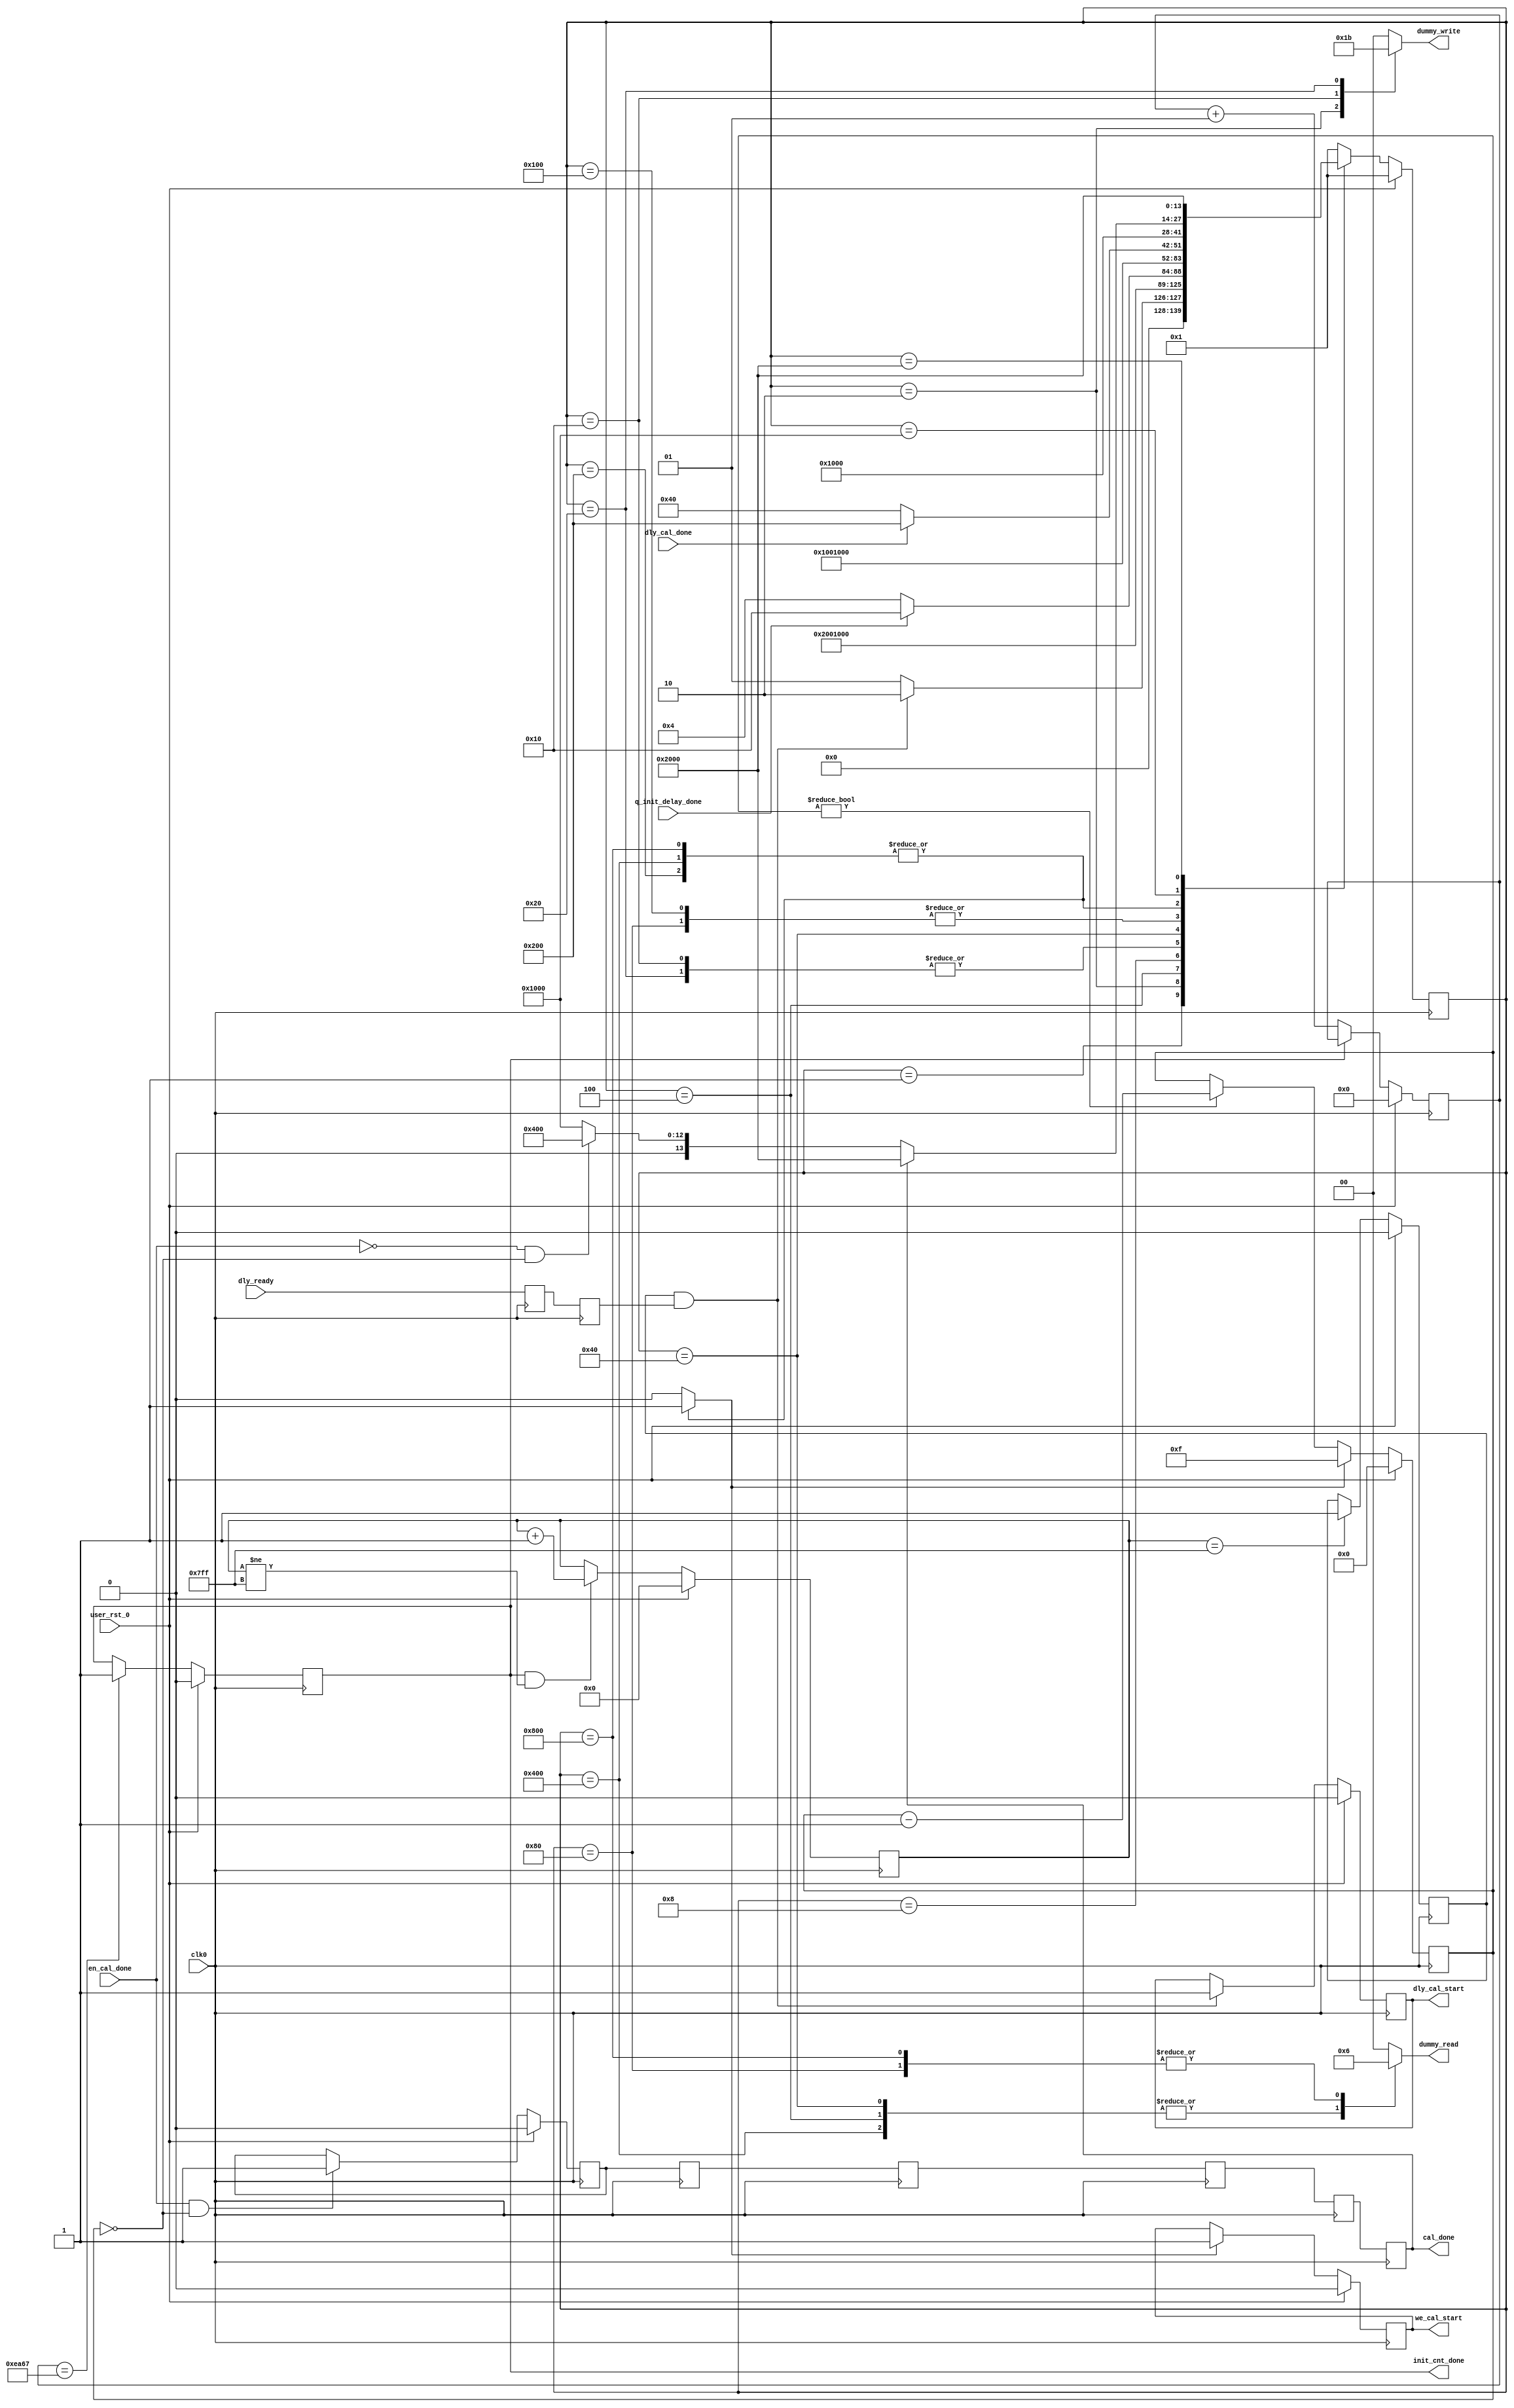
//*****************************************************************************
// DISCLAIMER OF LIABILITY
//
// This file contains proprietary and confidential information of
// Xilinx, Inc. ("Xilinx"), that is distributed under a license
// from Xilinx, and may be used, copied and/or disclosed only
// pursuant to the terms of a valid license agreement with Xilinx.
//
// XILINX IS PROVIDING THIS DESIGN, CODE, OR INFORMATION
// ("MATERIALS") "AS IS" WITHOUT WARRANTY OF ANY KIND, EITHER
// EXPRESSED, IMPLIED, OR STATUTORY, INCLUDING WITHOUT
// LIMITATION, ANY WARRANTY WITH RESPECT TO NONINFRINGEMENT,
// MERCHANTABILITY OR FITNESS FOR ANY PARTICULAR PURPOSE. Xilinx
// does not warrant that functions included in the Materials will
// meet the requirements of Licensee, or that the operation of the
// Materials will be uninterrupted or error-free, or that defects
// in the Materials will be corrected. Furthermore, Xilinx does
// not warrant or make any representations regarding use, or the
// results of the use, of the Materials in terms of correctness,
// accuracy, reliability or otherwise.
//
// Xilinx products are not designed or intended to be fail-safe,
// or for use in any application requiring fail-safe performance,
// such as life-support or safety devices or systems, Class III
// medical devices, nuclear facilities, applications related to
// the deployment of airbags, or any other applications that could
// lead to death, personal injury or severe property or
// environmental damage (individually and collectively, "critical
// applications"). Customer assumes the sole risk and liability
// of any use of Xilinx products in critical applications,
// subject only to applicable laws and regulations governing
// limitations on product liability.
//
// Copyright 2006, 2007, 2008 Xilinx, Inc.
// All rights reserved.
//
// This disclaimer and copyright notice must be retained as part
// of this file at all times.
//*****************************************************************************
//   ____  ____
//  /   /\/   /
// /___/  \  /    Vendor             : Xilinx
// \   \   \/     Version            : 3.6.1
//  \   \         Application        : MIG
//  /   /         Filename           : qdrii_phy_init_sm.v
// /___/   /\     Timestamp          : 15 May 2006
// \   \  /  \    Date Last Modified : $Date: 2010/11/26 18:26:07 $
//  \___\/\___\
//
//Device: Virtex-5
//Design: QDRII
//
//Purpose:
//    This module
//  1. Is the initialization statemachine generating the dummy write and
//     dummy read commands for delay calibration before regular memory
//     transactions begin.
//
//Revision History:
//
//*****************************************************************************


`timescale 1ns/1ps

module qdrii_phy_init_sm #
  (
   // Following parameters are for 72-bit design (for ML561 Reference board
   // design). Actual values may be different. Actual parameters values are
   // passed from design top module controller module. Please refer to the
   // controller module for actual values.
   parameter BURST_LENGTH = 4,
   parameter CLK_PERIOD   = 3333,
   parameter SIM_ONLY     = 0
   )
  (
   input            clk0,
   input            user_rst_0,
   input            dly_cal_done,
   input            q_init_delay_done,
   input            en_cal_done,
   input            dly_ready,
   output reg       dly_cal_start,
   output reg       we_cal_start,
   output reg [1:0] dummy_write,
   output reg [1:0] dummy_read,
   output reg       cal_done,
   output reg       init_cnt_done
   );

   localparam [13:0] //14 states - one-hot encoded
       CQ_WAIT          =  14'b00_0000_0000_0001,
       CAL_WR1          =  14'b00_0000_0000_0010,
       CAL_CQ_RD1       =  14'b00_0000_0000_0100,
       CAL_CQ_RD_WAIT1  =  14'b00_0000_0000_1000,
       CAL_WR2_A        =  14'b00_0000_0001_0000,
       CAL_WR2_B        =  14'b00_0000_0010_0000,
       CAL_CQ_RD2_A     =  14'b00_0000_0100_0000,
       CAL_CQ_RD2_B     =  14'b00_0000_1000_0000,
       CAL_CQ_RD_WAIT2  =  14'b00_0001_0000_0000,
       CAL_EN_RD_START  =  14'b00_0010_0000_0000,
       CAL_EN_RD_A      =  14'b00_0100_0000_0000,
       CAL_EN_RD_B      =  14'b00_1000_0000_0000,
       CAL_EN_RD_WAIT   =  14'b01_0000_0000_0000,
       CAL_DONE_ST      =  14'b10_0000_0000_0000;

   // Localparam value declaration which equivalent to the number of clocks
   // required for 200 us wait period. The value is incremented by 1, just to
   // round of the value to the next integer
   localparam WAIT_CNT = (200000000/CLK_PERIOD)+1;

   reg [3:0]  dummy_rd_cnt;
   reg        dummy_cnt_en;
   reg [13:0] phy_init_ns;
   reg [13:0] phy_init_cs;
   reg [10:0] cq_cnt;
   reg        cq_active;
   reg        cal_done_r;
   reg        cal_done_2r;
   reg        cal_done_3r;
   reg        cal_done_4r;
   reg        cal_done_5r;
   reg        dly_ready_r;
   reg        dly_ready_2r;
//   reg [7:0]  init_count;
   reg        q_init_delay_done_i;

   integer init_max_count;

   always @(posedge clk0)
     begin
       if(user_rst_0)
         q_init_delay_done_i <= 'b0;
       else
         q_init_delay_done_i <= q_init_delay_done;
     end

//   always @ (posedge clk0)
//     begin
//        if (user_rst_0)
//          init_count <= 8'b0;
//        else if (init_count == 8'hC8)
//          init_count <= 8'b0;
//        else if(init_cnt_done == 1'b0)
//          init_count <= init_count + 1;
//        else
//          init_count <= init_count;
//     end

   //init_max_count generates a 200 us counter based on init_count
   // an init_max_count of 8'hC8 refers to a 200 us count

   always @ (posedge clk0)
     begin
        if (user_rst_0)
          if (SIM_ONLY == 1)
//            init_max_count <= CLK_FREQ;
            init_max_count <= WAIT_CNT;
          else
            init_max_count <= 0;
//        else if ((init_count == 8'hC8) && (init_cnt_done == 1'b0))
        else if (init_cnt_done == 1'b0)
          init_max_count <= init_max_count + 1;
        else
          init_max_count <= init_max_count;
     end

   always @ (posedge clk0)
     begin
        if (user_rst_0)
          init_cnt_done <= 1'b0;
//        else if (init_max_count == CLK_FREQ)
        else if (init_max_count == WAIT_CNT)
          init_cnt_done <= 1'b1;
        else
          init_cnt_done <= init_cnt_done;
     end

   always @(posedge clk0)
     begin
        if (user_rst_0) begin
           we_cal_start <= 1'b0;
        end else if (dummy_cnt_en) begin
           we_cal_start <= 1'b1;
        end else
          we_cal_start <= we_cal_start;
     end


   always @(posedge clk0)
     begin
        if (user_rst_0)
          cq_cnt <= 10'b0;
        else if ((init_cnt_done) && (cq_cnt != 11'b11111111111))
          cq_cnt <= cq_cnt + 1;
        else
          cq_cnt <= cq_cnt;
     end

   always @(posedge clk0)
   //Make sure CQ clock is established (1024 clocks) before starting calibration
     begin
        if (user_rst_0)
          cq_active <= 1'b0;
        else if (cq_cnt == 11'b11111111111)
          cq_active <= 1'b1;
        else
          cq_active <= cq_active;
     end

//   always @ (posedge clk0)
//     begin
//        if (user_rst_0) begin
//           dly_ready_r  <= 1'b0;
//           dly_ready_2r <= 1'b0;
//        end else begin
//           dly_ready_r  <= dly_ready;
//           dly_ready_2r <= dly_ready_r;
//        end
//     end

   always @ (posedge clk0)
     begin
        dly_ready_r  <= dly_ready;
        dly_ready_2r <= dly_ready_r;
     end

   always @(posedge clk0)
     begin
        if (user_rst_0) begin
           dly_cal_start <= 1'b0;
        end else if (cq_active && dly_ready_2r ) begin
           dly_cal_start <= 1'b1;
        end
     end

   always @(posedge clk0)
     begin
        if (user_rst_0) begin
           dummy_rd_cnt <= 4'b0000;
        end else if (dummy_cnt_en) begin
           dummy_rd_cnt <= 4'b1111;
        end else if (dummy_rd_cnt != 4'b0000) begin
           dummy_rd_cnt <= dummy_rd_cnt - 1;
        end else begin
           dummy_rd_cnt <= dummy_rd_cnt;
        end
     end

   always @ (posedge clk0)
     begin
        if (user_rst_0)
          cal_done_r <= 1'b0;
        else if  (en_cal_done && dummy_rd_cnt == 4'b0000)
          cal_done_r <= 1'b1;
        else
          cal_done_r <= cal_done_r;
     end

//   always @ (posedge clk0)
//     begin
//        if (user_rst_0) begin
//           cal_done_2r <= 1'b0;
//           cal_done_3r <= 1'b0;
//           cal_done_4r <= 1'b0;
//           cal_done_5r <= 1'b0;
//           cal_done    <= 1'b0;
//        end else begin
//           cal_done_2r <= cal_done_r;
//           cal_done_3r <= cal_done_2r;
//           cal_done_4r <= cal_done_3r;
//           cal_done_5r <= cal_done_4r;
//           cal_done    <= cal_done_5r;
//        end
//     end

   always @ (posedge clk0)
     begin
        cal_done_2r <= cal_done_r;
        cal_done_3r <= cal_done_2r;
        cal_done_4r <= cal_done_3r;
        cal_done_5r <= cal_done_4r;
        cal_done    <= cal_done_5r;
     end

   // synthesis translate_off
   always @(posedge cal_done) begin
     if(!user_rst_0)
        $display("Calibration completed at time %t", $time );
   end
   // synthesis translate_on

   always @(posedge clk0)
     begin
        if (user_rst_0)
          phy_init_cs <= CQ_WAIT;
        else
          phy_init_cs <= phy_init_ns;
     end

   always @ *
     begin
        dummy_write[1:0]  = 2'b00;
        dummy_read        = 2'b00;
        dummy_cnt_en      = 1'b0;

        case (phy_init_cs)
          CQ_WAIT : begin
             dummy_write = 2'b00;
             dummy_read  = 2'b00;
             if (cq_active && dly_ready_2r)
               phy_init_ns = CAL_WR1;
             else
               phy_init_ns = CQ_WAIT;
          end

          // First Stage Calibration-Single Write command
          CAL_WR1  :  begin
             dummy_write = 2'b01;
             dummy_read  = 2'b00;
             phy_init_ns = CAL_CQ_RD1;
          end

          // First Stage Calibration- Continous Read commands until first stage
          // calibration is complete.
          // For BL4 read commands are issued on alternate clock.
          // For BL2 read commands are issued on every clock.
          CAL_CQ_RD1   : begin
             dummy_write = 2'b00;
             dummy_read  = 2'b01;
             if(BURST_LENGTH == 2)
               if(q_init_delay_done_i)
                 phy_init_ns = CAL_WR2_A;
               else
                 phy_init_ns = CAL_CQ_RD1;
             else if(BURST_LENGTH == 4)
               phy_init_ns = CAL_CQ_RD_WAIT1;
          end

          CAL_CQ_RD_WAIT1 : begin
             dummy_write = 2'b00;
             dummy_read  = 2'b00;
             if (q_init_delay_done)
               phy_init_ns = CAL_WR2_A;
             else
               phy_init_ns = CAL_CQ_RD1;
          end

          // Second Stage Calibration-Write command
          // For BL4 a single Write command is issued.
          // For BL2 two Write commands are issued.
          CAL_WR2_A  :  begin
             dummy_write = 2'b10;
             dummy_read  = 2'b00;
             if(BURST_LENGTH == 2)
               phy_init_ns = CAL_WR2_B;
             else if(BURST_LENGTH == 4)
               phy_init_ns = CAL_CQ_RD2_A;
          end

          CAL_WR2_B  :  begin
             dummy_write = 2'b11;
             dummy_read  = 2'b00;
             phy_init_ns = CAL_CQ_RD2_A;
          end

          // Second Stage Calibration-Continous Read Commands until Second stage
          // calibration is complete.
          // For BL4 read commands are issued on alternate clocks.
          // For BL2 read commands are issued on every clock.
          CAL_CQ_RD2_A   : begin
             dummy_write = 2'b00;
             dummy_read  = 2'b01;
             if(BURST_LENGTH == 2)
               phy_init_ns = CAL_CQ_RD2_B;
             else if(BURST_LENGTH == 4)
               phy_init_ns = CAL_CQ_RD_WAIT2;
          end

          CAL_CQ_RD2_B : begin
             dummy_write = 2'b00;
             dummy_read  = 2'b10;
             if(dly_cal_done)
               phy_init_ns = CAL_EN_RD_START;
             else
               phy_init_ns = CAL_CQ_RD2_A;
          end

          CAL_CQ_RD_WAIT2 : begin
             dummy_write = 2'b00;
             dummy_read  = 2'b00;
             if (dly_cal_done)
               phy_init_ns = CAL_EN_RD_START;
             else
               phy_init_ns = CAL_CQ_RD2_A;
          end

          // Third Stage Calibration-Read Enable Calibration start
          CAL_EN_RD_START : begin
             dummy_write  = 2'b00;
             dummy_read   = 2'b00;
             dummy_cnt_en = 1'b1;
             phy_init_ns  = CAL_EN_RD_WAIT;
          end

          // Third Stage Calibration-Read commands until Third Stage Calibration
          // is complete (en_cal_done = '1');
          // For BL4 a single Read command for every dummy_rd_cnt=4'd0.
          // For BL2, two consecutive Read commands for every dummy_rd_cnt=4'd0.
          CAL_EN_RD_A   : begin
             dummy_write  = 2'b00;
             dummy_read   = 2'b01;
             dummy_cnt_en = 1'b1;
             if(BURST_LENGTH == 2)
               phy_init_ns  = CAL_EN_RD_B;
             else if(BURST_LENGTH == 4)
               phy_init_ns  = CAL_EN_RD_WAIT;
          end

          CAL_EN_RD_B : begin
             dummy_write  = 2'b00;
             dummy_read   = 2'b10;
             dummy_cnt_en = 1'b1;
             phy_init_ns  = CAL_EN_RD_WAIT;
          end

          CAL_EN_RD_WAIT : begin
             dummy_write = 2'b00;
             dummy_read  = 2'b00;
             if (cal_done)
               phy_init_ns = CAL_DONE_ST;
             else if (~en_cal_done && dummy_rd_cnt == 4'b0000)
               phy_init_ns = CAL_EN_RD_A;
             else
               phy_init_ns = CAL_EN_RD_WAIT;
          end

          CAL_DONE_ST:   begin
             dummy_write = 2'b00;
             dummy_read  = 2'b00;
             phy_init_ns = CAL_DONE_ST;
          end

          default:   begin
             dummy_write = 2'b00;
             dummy_read  = 2'b00;
             phy_init_ns = CQ_WAIT;
          end
        endcase
     end

endmodule